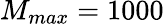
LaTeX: M_{max}=1000